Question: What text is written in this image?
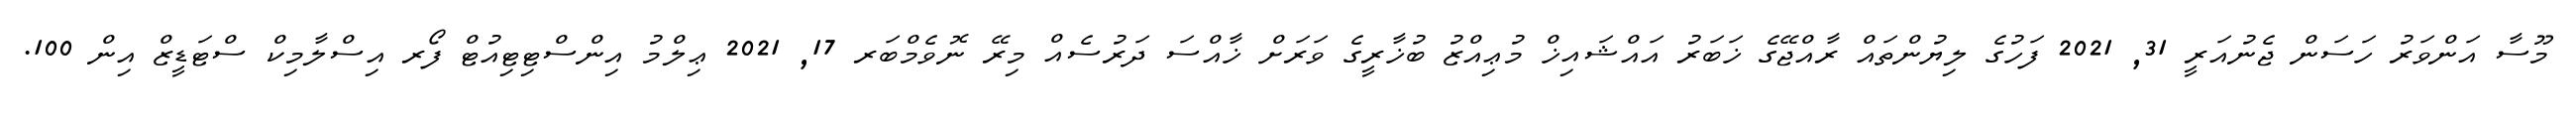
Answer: މޫސާ އަންވަރު ހަސަން ޖެނުއަރީ 31, 2021 ފަހުގެ ލިޔުންތައް ރާއްޖޭގެ ޚަބަރު އައްޝައިޚް މުޢިއްޒު ބުޚާރީގެ ވަރަށް ޚާއްސަ ދަރުސެއް މިރޭ ނޮވެމްބަރ 17, 2021 ޢިލްމު އިންސްޓިޓިއުޓް ފޯރ އިސްލާމިކް ސްޓަޑީޒް އިން 100.